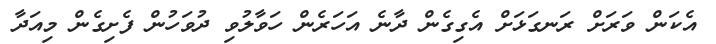
އެކަން ވަރަށް ރަނގަޅަށް އެގިގެން ދާނެ އަހަރެން ހަވާލުވި ދުވަހުން ފެށިގެން މިއަދާ